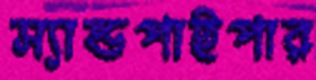
স্যান্ডপাইপার